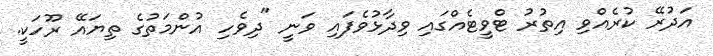
އަދުރޭ ކުރެއްވި އިތުރު ޓްވީޓެއްގައި ވިދާޅުވެފައި ވަނީ "ދިވެހި އުންމަތުގެ ތިޔައޭ ރޫހަކީ.